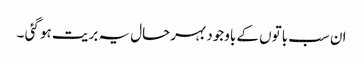
ان سب باتوں کے باوجود بہرحال یہ بریت ہو گئی ۔